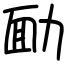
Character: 勔